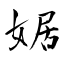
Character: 婮